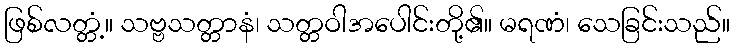
ဖြစ်လတ္တံ့။ သဗ္ဗသတ္တာနံ၊ သတ္တဝါအပေါင်းတို့၏။ မရဏံ၊ သေခြင်းသည်။